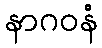
နာဂဝနံ